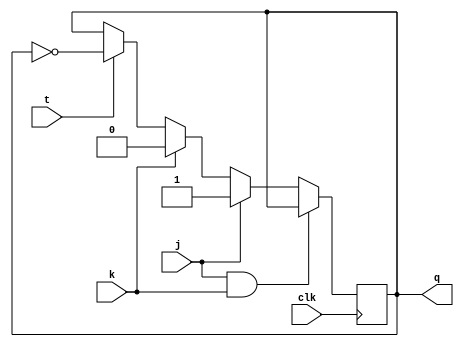
module tff_with_jk (
    input wire j, k, clk, t,
    output reg q
);

always @(posedge clk) begin
    if (j && k) begin
        q <= q;
    end else if (j) begin
        q <= 1;
    end else if (k) begin
        q <= 0;
    end else begin
        q <= t ? ~q : q;
    end
end

endmodule